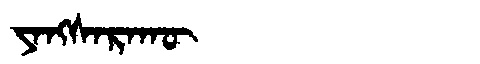
Manchu: ᠶᠠᠩᠰᠠᡵᠠᡴᡡ
Romanization: YANGSARAKŪ